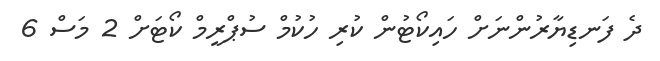
ދެ ފަނޑިޔާރުންނަށް ހައިކޯޓުން ކުރި ހުކުމް ސުޕްރީމް ކޯޓަށް 2 މަސް 6